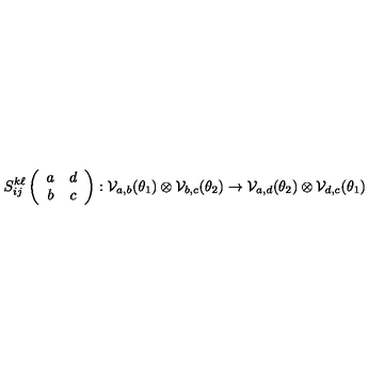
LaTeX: S _ { i j } ^ { k \ell } \left( \begin{array} { c c } { a } & { d } \\ { b } & { c } \\ \end{array} \right) : { \cal V } _ { a , b } ( \theta _ { 1 } ) \otimes { \cal V } _ { b , c } ( \theta _ { 2 } ) \rightarrow { \cal V } _ { a , d } ( \theta _ { 2 } ) \otimes { \cal V } _ { d , c } ( \theta _ { 1 } )